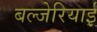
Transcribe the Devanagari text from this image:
बल्जेरियाई